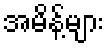
အမိန့်များ